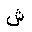
Letter: _shin